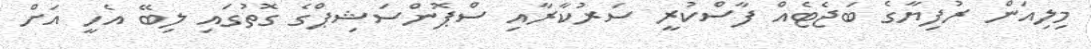
މިލިއަން ރުފިޔާގެ ބަޖެޓެއް ފާސްކުރީ ސަރުކާރާއި ސްޕޮންސަޝިޕްގެ ގޮތުގައި ލިބޭ އެހީ އަށް